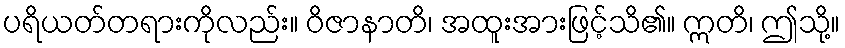
ပရိယတ်တရားကိုလည်း။ ဝိဇာနာတိ၊ အထူးအားဖြင့်သိ၏။ ဣတိ၊ ဤသို့။